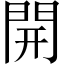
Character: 開